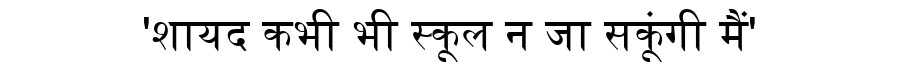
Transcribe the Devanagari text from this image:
'शायद कभी भी स्कूल न जा सकूंगी मैं'